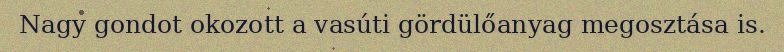
Nagy gondot okozott a vasúti gördülőanyag megosztása is.